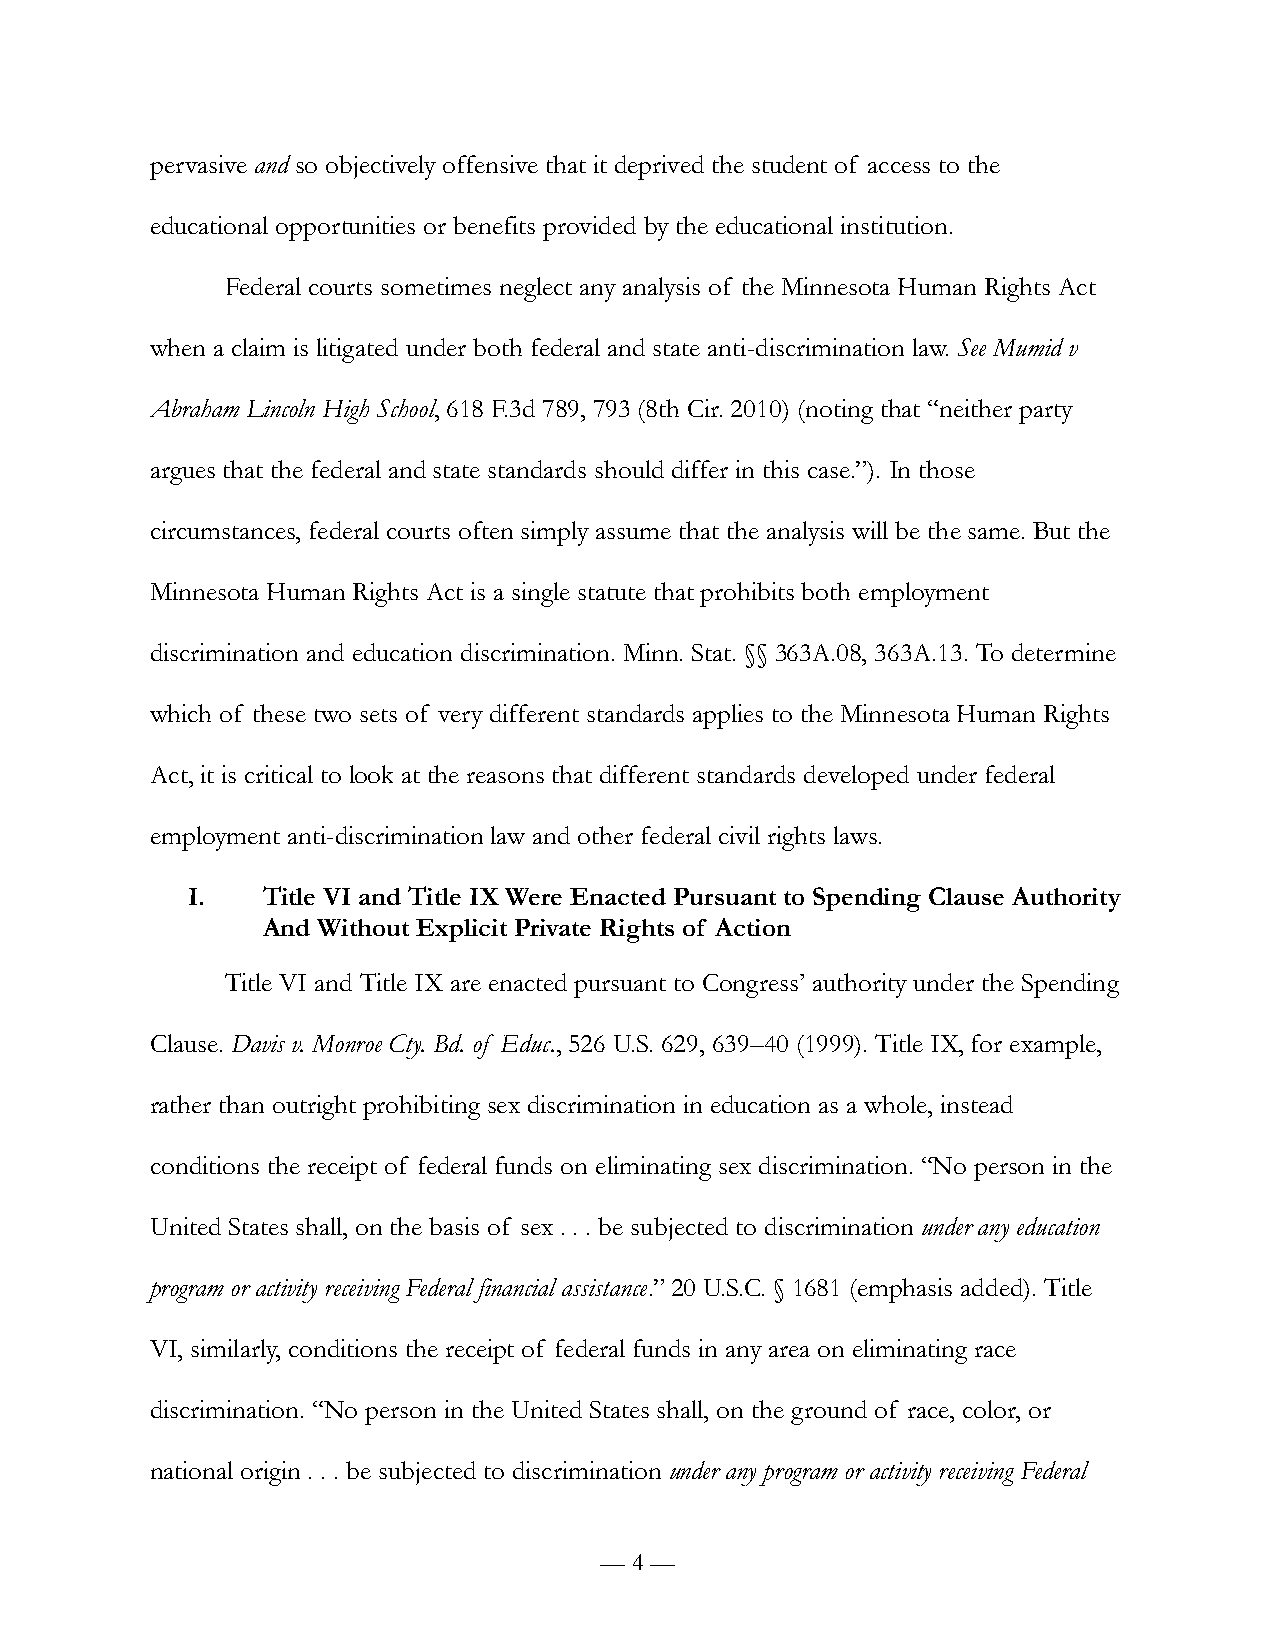
pervasive and so objectively offensive that it deprived the student of access to the
 educational opportunities or benefits provided by the educational institution.
 Federal courts sometimes neglect any analysis of the Minnesota Human Rights Act
 when a claim is litigated under both federal and state anti-discrimination law. See Mumid v
 Abraham Lincoln High School, 618 F.3d 789, 793 (8th Cir. 2010) (noting that “neither party
 argues that the federal and state standards should differ in this case.”). In those
 circumstances, federal courts often simply assume that the analysis will be the same. But the
 Minnesota Human Rights Act is a single statute that prohibits both employment
 discrimination and education discrimination. Minn. Stat. §§ 363A.08, 363A.13. To determine
 which of these two sets of very different standards applies to the Minnesota Human Rights
 Act, it is critical to look at the reasons that different standards developed under federal
 employment anti-discrimination law and other federal civil rights laws.
 I.   Title VI and Title IX Were Enacted Pursuant to Spending Clause Authority
 And Without Explicit Private Rights of Action
 Title VI and Title IX are enacted pursuant to Congress’ authority under the Spending
 Clause. Davis v. Monroe Cty. Bd. of Educ., 526 U.S. 629, 639–40 (1999). Title IX, for example,
 rather than outright prohibiting sex discrimination in education as a whole, instead
 conditions the receipt of federal funds on eliminating sex discrimination. “No person in the
 United States shall, on the basis of sex . . . be subjected to discrimination under any education
 program or activity receiving Federal financial assistance.” 20 U.S.C. § 1681 (emphasis added). Title
 VI, similarly, conditions the receipt of federal funds in any area on eliminating race
 discrimination. “No person in the United States shall, on the ground of race, color, or
 national origin . . . be subjected to discrimination under any program or activity receiving Federal
 — 4 —